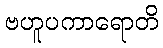
ဗဟူပကာရောတိ